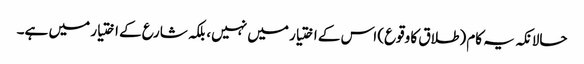
حالانکہ یہ کام (طلاق کا وقوع) اس کے اختیار میں نہیں، بلکہ شارع کے اختیار میں ہے۔